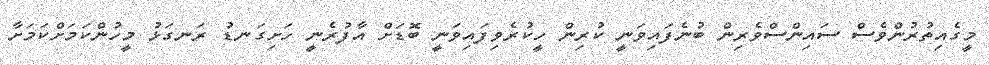
މީގެއިތުރުންވެސް ސައިންސްވެރިން ބުނެފައިވަނީ ކުރިން ހީކުރެވިފައިވަނީ ބޮޑަށް އާފުރެނީ ހަށިގަނޑު ރަނގަޅު މީހުންކަމަށްކަމަށާ